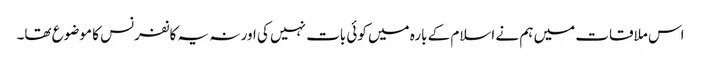
اس ملاقات میں ہم نے اسلام کے بارہ میں کوئی بات نہیں کی اور نہ یہ کانفرنس کا موضوع تھا۔